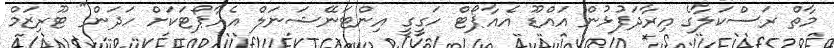
މާތް ރަސްކަލާގެ އިރާދަފުޅުން އައްޑޫ އެއާޕޯޓް ހަގީގީ އިންޓަނޭޝަނަލް އެއާޕޯޓަކަށް ހަދަން" ޓޫރިޒަމް